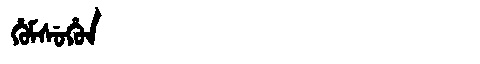
Manchu: ᡥᡠᠮᠰᡠᡥᡠᠨ
Romanization: HUMSUHUN